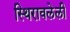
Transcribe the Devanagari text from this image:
स्थिरावलेली